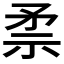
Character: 𱳛